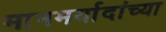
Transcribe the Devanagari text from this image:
मानमर्यादांच्या